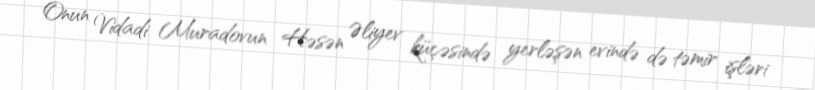
Onun Vidadi Muradovun Həsən Əliyev küçəsində yerləşən evində də təmir işləri